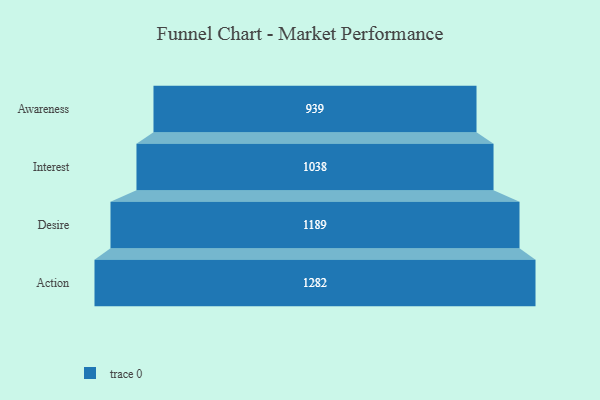
{"axis": {"x": "Stage", "y": "Value"}, "legend": [""], "data": [{"x": "Awareness", "y": 939.0, "type": ""}, {"x": "Interest", "y": 1038.0, "type": ""}, {"x": "Desire", "y": 1189.0, "type": ""}, {"x": "Action", "y": 1282.0, "type": ""}]}